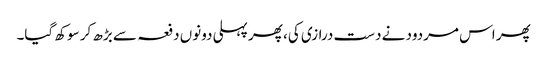
پھر اس مردود نے دست درازی کی، پھر پہلی دونوں دفعہ سے بڑھ کر سوکھ گیا۔